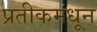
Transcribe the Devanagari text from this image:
प्रतीकमधून